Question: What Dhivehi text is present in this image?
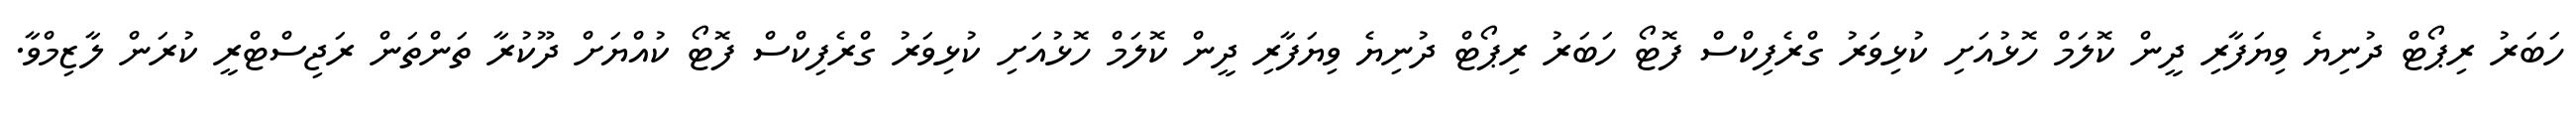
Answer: ހަބަރު ރިޕޯޓް ދުނިޔެ ވިޔަފާރި ދީން ކޮލަމް ހޮޅުއަށި ކުޅިވަރު ގްރެފިކްސް ފޮޓޯ ހަބަރު ރިޕޯޓް ދުނިޔެ ވިޔަފާރި ދީން ކޮލަމް ހޮޅުއަށި ކުޅިވަރު ގްރެފިކްސް ފޮޓޯ ކުއްޔަށް ދޫކުރާ ތަންތަން ރަޖިސްޓްރީ ކުރަން ލާޒިމްވާ.